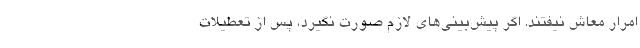
امرار معاش نیفتند. اگر پیش‌بینی‌های لازم صورت نگیرد، پس از تعطیلات